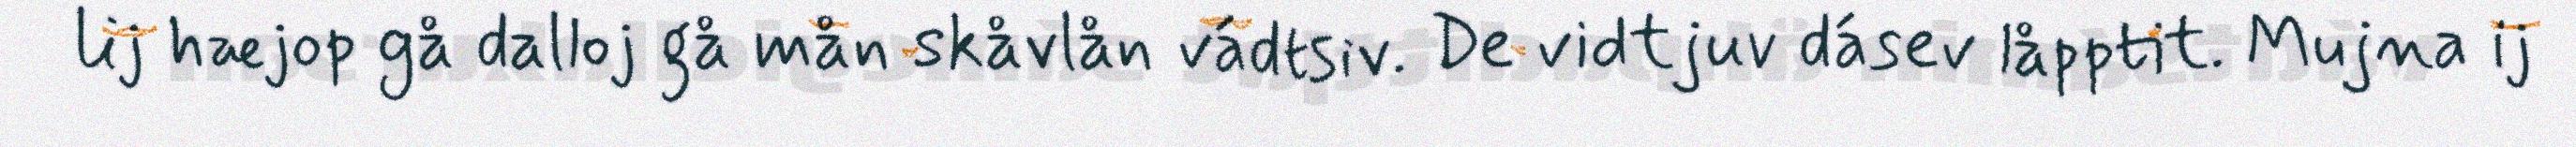
lij hæjop gå dalloj gå mån skåvlån vádtsiv. De vidtjuv dásev låpptit. Mujna ij